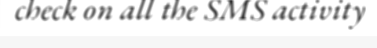
check on all the SMS activity